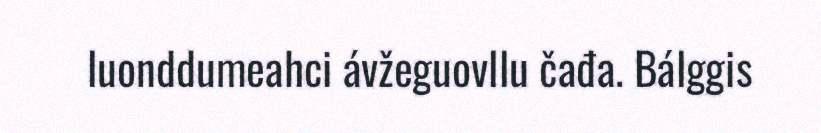
luonddumeahci ávžeguovllu čađa. Bálggis